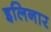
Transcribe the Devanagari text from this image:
इलिनार